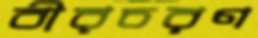
বীরচরণ